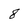
Character: 8